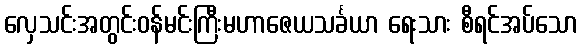
လှေသင်းအတွင်းဝန်မင်းကြီးမဟာဇေယသင်္ခယာ ရေးသား စီရင်အပ်သော